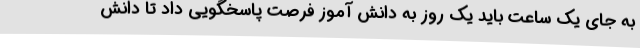
به جای یک ساعت باید یک روز به دانش آموز فرصت پاسخگویی داد تا دانش